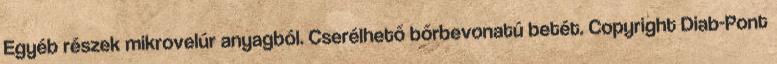
Egyéb részek mikrovelúr anyagból. Cserélhető bőrbevonatú betét. Copyright Diab-Pont